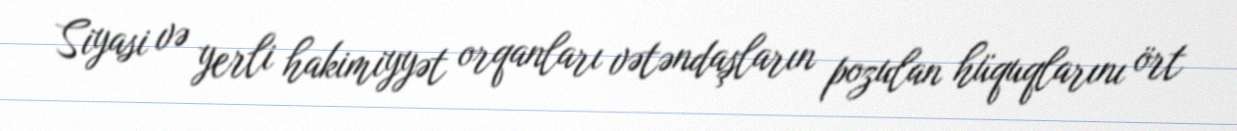
Siyasi və yerli hakimiyyət orqanları vətəndaşların pozulan hüquqlarını ört